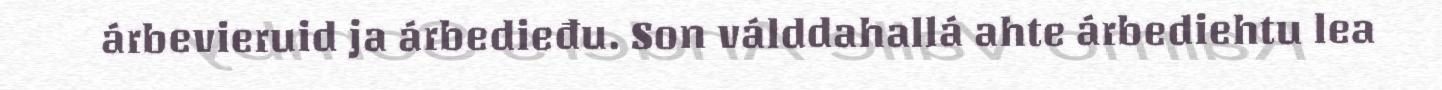
árbevieruid ja árbedieđu. Son válddahallá ahte árbediehtu lea